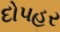
દોપહર